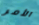
الأمر